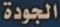
الجودة